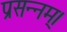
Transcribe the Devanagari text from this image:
प्रसन्नम्‌।